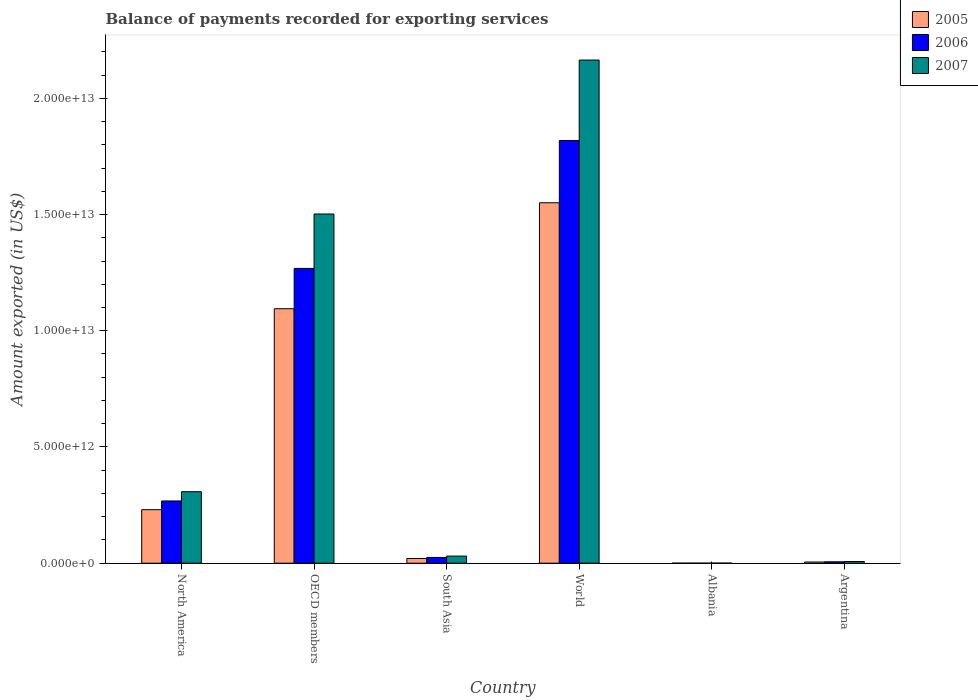
| Country | 2005 | 2006 | 2007 |
 | --- | --- | --- | --- |
 | North America | 2.3e+12 | 2.68e+12 | 3.08e+12 |
 | OECD members | 1.09e+13 | 1.27e+13 | 1.5e+13 |
 | South Asia | 2.02e+11 | 2.48e+11 | 3.06e+11 |
 | World | 1.55e+13 | 1.82e+13 | 2.16e+13 |
 | Albania | 1.69e+09 | 2.2e+09 | 2.85e+09 |
 | Argentina | 5.12e+10 | 6.01e+10 | 7.28e+10 |